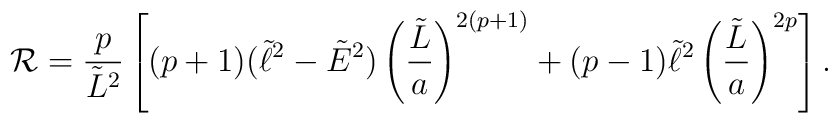
{\cal R}={p\over\tilde{L}^2}\left[(p+1)(\tilde{\ell}^2-\tilde{E}^2)\left({\tilde{L}\over a}\right)^{2(p+1)}+(p-1)\tilde{\ell}^2\left({\tilde{L}\over a}\right)^{2p}\right].